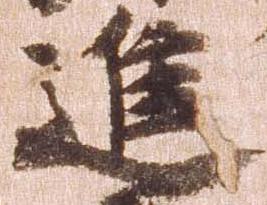
進